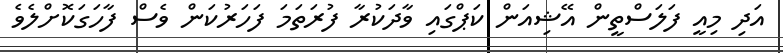
އަދި މިއީ ފަލަސްތީން އޭޝިއަން ކަޕްގައި ވާދަކުރާ ފުރަތަމަ ފަހަރުކަން ވެސް ފާހަގަކޮށްލެވެ